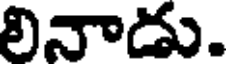
లినాడు.